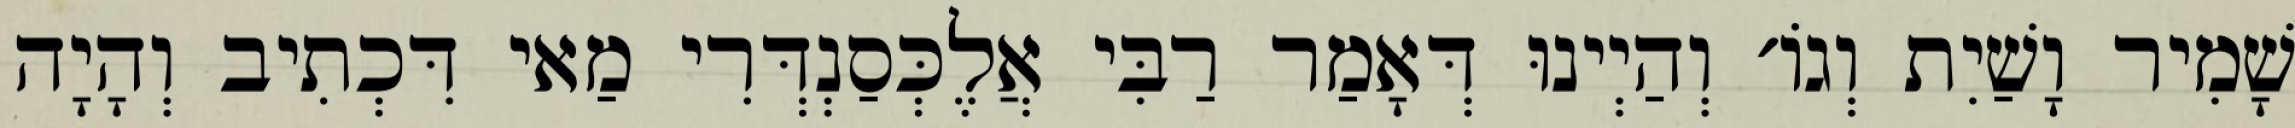
שָׁמִיר וָשַׁיִת וְגוֹ׳ וְהַיְינוּ דְּאָמַר רַבִּי אֲלֶכְּסַנְדְּרִי מַאי דִּכְתִיב וְהָיָה